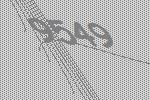
9549